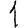
Digit: 1